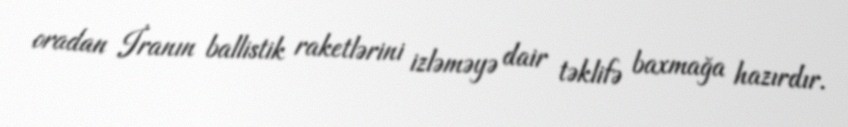
oradan İranın ballistik raketlərini izləməyə dair təklifə baxmağa hazırdır.